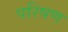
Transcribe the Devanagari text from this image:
परिषण